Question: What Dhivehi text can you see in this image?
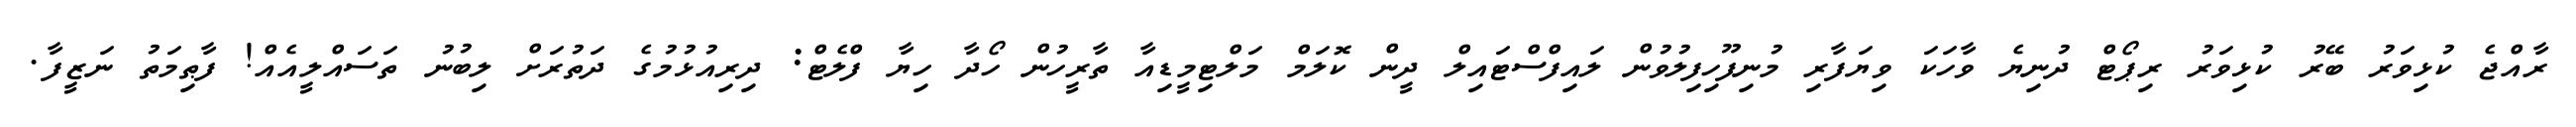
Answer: ރާއްޖެ ކުޅިވަރު ބޭރު ކުޅިވަރު ރިޕޯޓް ދުނިޔެ ވާހަކަ ވިޔަފާރި މުނިފޫހިފިލުވުން ލައިފްސްޓައިލް ދީން ކޮލަމް މަލްޓިމީޑިއާ ތާރީހުން ހޯދާ ހިޔާ ފްލެޓް: ދިރިއުޅުމުގެ ދަތުރަށް ލިބުނު ތަސައްލީއެއް! ފާޠިމަތު ނަޒީފާ.